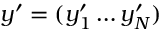
y ^ { \prime } = ( y _ { 1 } ^ { \prime } \ldots y _ { N } ^ { \prime } )